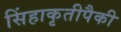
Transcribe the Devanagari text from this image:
सिंहाकृतीपैकी